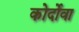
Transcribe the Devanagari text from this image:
कोर्दोवा